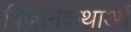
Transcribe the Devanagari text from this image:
विज्ञानकथाओं